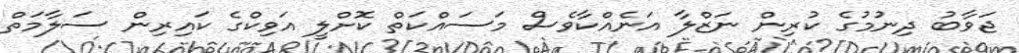
ޖަވާބު ދިނުމުގެ ކުރިން ނަޒްލާ އަނެއްކާވެސް މަސައްކަތް ކޮށްލީ އަވިކްގެ ކައިރިން ސަލާމަތް